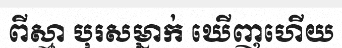
ពីស្មា បុរសម្នាក់ ឃើញហើយ